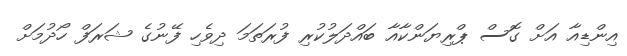
އިންޑިއާ އަށް ގޮސް ޕްރިޔަންކާއާ ބައްދަލުކުރި ފުރަތަމަ ދިވެހި ފޭނުގެ ޝަރަފް ހޯދުމަށް